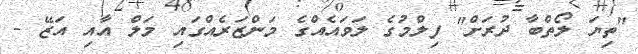
"ތިޔަ ލޯތްބާ ދުރަށް" ފިލްމުގެ ލަވައެއްގެ މަންޒަރެއްގައި މަލް އާއި އަޒޭ -